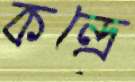
কন্দ্রে